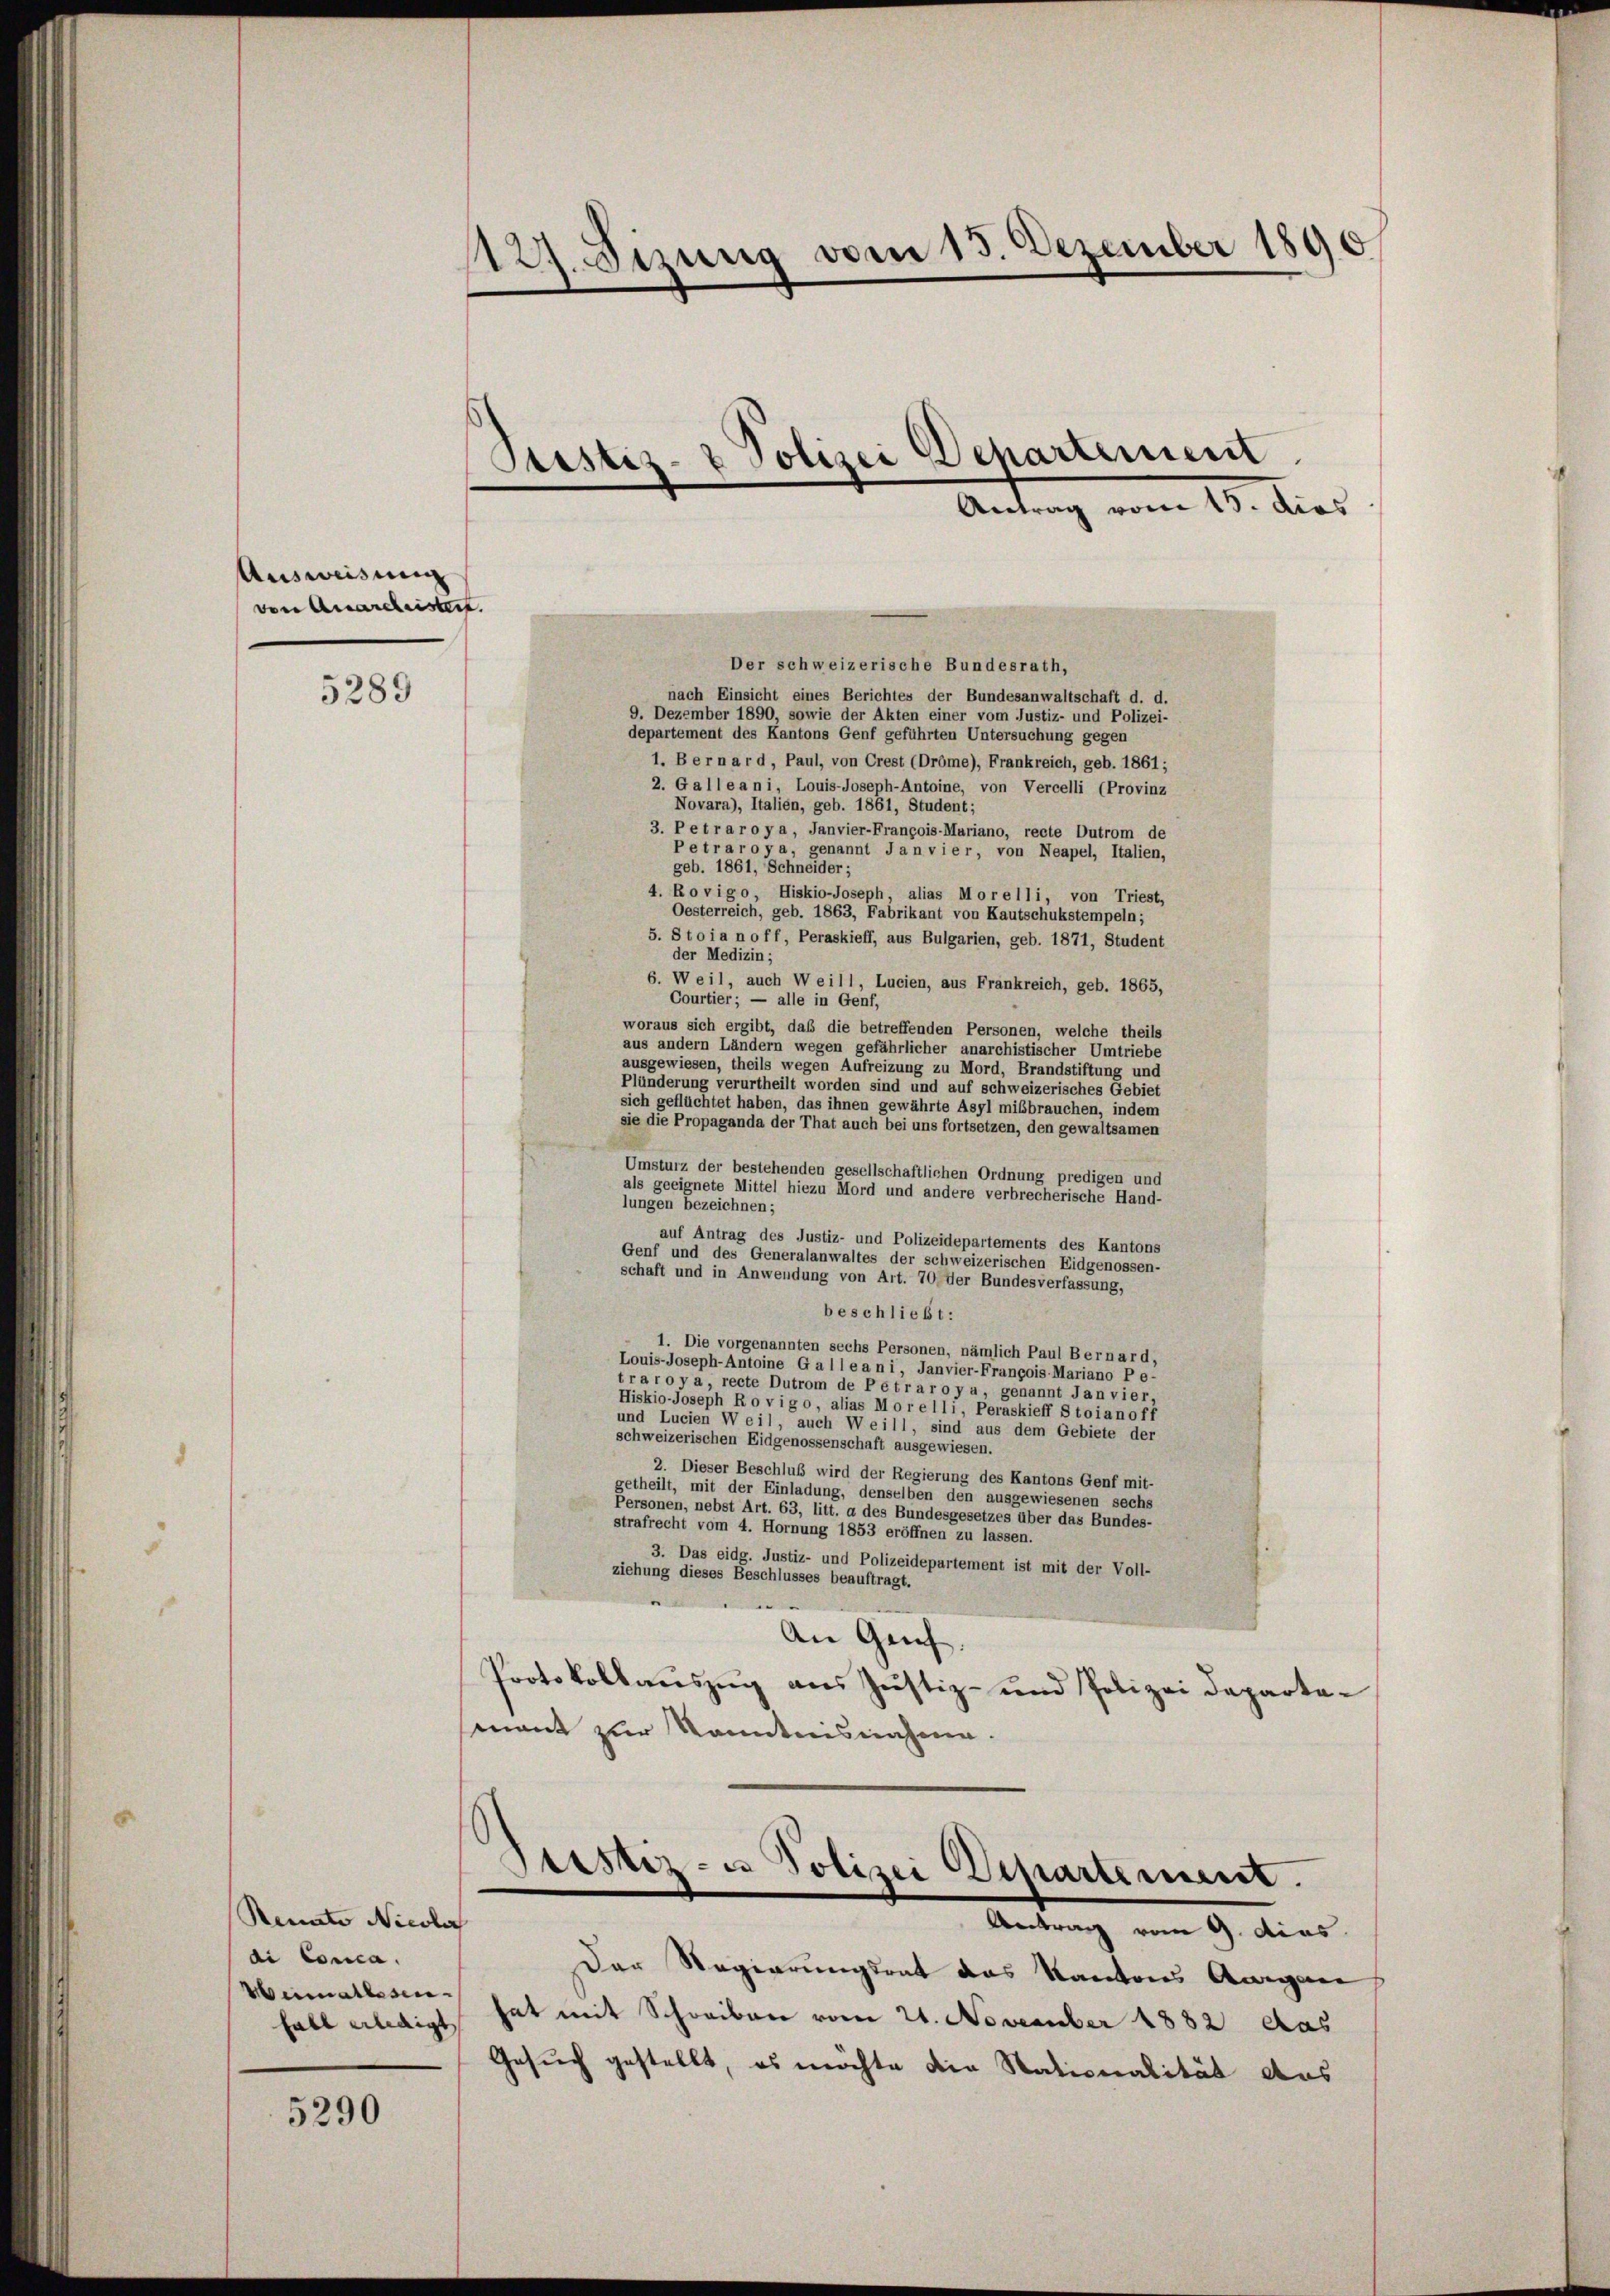
Ausweisung
von Anarcheistert.
5289

Rennte Nicolor
di Conca.
Weimatbesein
hall aldigt

5290

111. Sprung vom 13. Dezember 1890.

Der schweizerische Bundesrath,
nach Einsicht eines Berichtes der Bundesanwaltschaft d. d.
9. Dezember 1890, sowie der Akten einer vom Justiz- und Polizei-
departement des Kantons Genf geführten Untersuchung gegen
1. Bernard, Paul, von Crest (Drbme), Frankreich, geb. 1861;
2. Galle a n i, Louis-Joseph-Antoine, von Vercelli (Provinz
Novara), Italien, geb. 1861, Student;
3. Petraroya, Janvier-François-Mariano, recte Dutrom de
Petraroya, genannt Janvier, von Neapel, Italien,
geb. 1861, Schneider;
4. Rovigo, Hiskio-Joseph, alias Morelli, von Triest,
Oesterreich, geb. 1863, Fabrikant von Kautschukstempeln;
5. Sto i a n o ff, Peraskieff, aus Bulgarien, geb. 1871, Student
der Medizin;
6. Weil, auch Wei11, Lucien, aus Frankreich, geb. 1865,
Courtier; — alle in Genf,
woraus sich ergibt, daß die betreffenden Personen, welche theils
aus andern Ländern wegen gefährlicher anarchistischer Umtriebe
ausgewiesen, theils wegen Aufreizung zu Mord, Brandstiftung und
Plünderung verurtheilt worden sind und auf schweizerisches Gebiet
sich geflüchtet haben, das ihnen gewährte Asyl mißbrauchen, indem
sie die Propaganda der That auch bei uns fortsetzen, den gewaltsamen
Umsturz der bestehenden gesellschaftlichen Ordnung predigen und
als geeignete Mittel hiezu Mord und andere verbrecherische Hand-
lungen bezeichnen;
auf Antrag des Justiz- und Polizeidepartements des Kantons
Genf und des Generalanwaltes der schweizerischen Eidgenossen-
schaft und in Anwendung von Art. 70 der Bundesverfassung,
beschließt:
1. Die vorgenannten sechs Personen, nämlich Paul Bernard,
Louis-Joseph-Antoine Galle a n i, Janvier-François Mariano Pe-
tra roya, recte Dutrom de Petr a roya, genannt Jan vier,
Hiskio-Joseph Rovigo, alias Morelli, Peraskieff S toianoff
und Lucien Weil, auch Weill, sind aus dem Gebiete der
schweizerischen Eidgenossenschaft ausgewiesen.
2. Dieser Beschluß wird der Regierung des Kantons Genf mit-
getheilt, mit der Einladung, denselben den ausgewiesenen sechs
Personen, nebst Art. 63, litt. a des Bundesgesetzes über das Bundes-
strafrecht vom 4. Hornung 1853 eröffnen zu lassen.
3. Das eidg. Justiz- und Polizeidepartement ist mit der Voll-
ziehung dieses Beschlusses beauftragt.
.
An Geif.
Protokollauszug aus Justiz- und Polizei Departamant zur Kenntnisnahme.

Sistiz- & Polizei Departement
Antrag vom 13. dies

Antrag vom 9. dies
Der Regierungsrat das Kantons Aargau
hat mit Schreiben vom 21. November 1882 das
Gesuch gestellt, es möchte die Stationalität das

¬
Stisteres Polizei Departement.